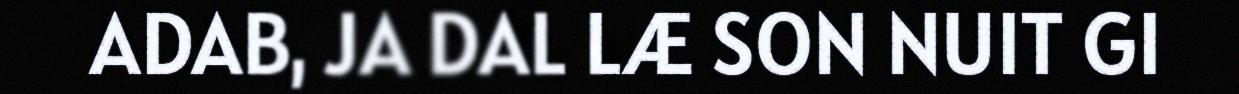
ADAB, JA DAL LÆ SON NUIT GI